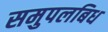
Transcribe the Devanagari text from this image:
समुपलबिध